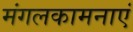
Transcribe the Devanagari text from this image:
मंगलकामनाएं